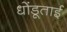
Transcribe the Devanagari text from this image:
धोंडूताई